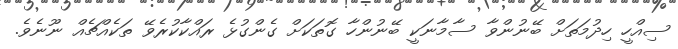
ސިއްހީ ހިދުމަތަށް ބޭނުންވާ ސާމާނަކީ ބޭނުންހާ ގޮތަކަށް ގެންގުޅެ ރައްކާކުރެވޭ ތަކެއްޗެއް ނޫނެވެ.